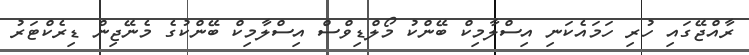
ރާއްޖޭގައި ހުރި ހަމައެކަނި އިސްލާމިކް ބޭންކު މޯލްޑިވްސް އިސްލާމިކް ބޭންކުގެ މެނޭޖިން ޑިރެކްޓަރު